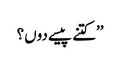
’’کتنے پیسے دوں؟